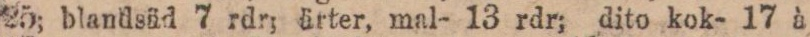
25; blandsäd 7 rdr; ärter, mal- 13 rdr; dito kok- 17 à